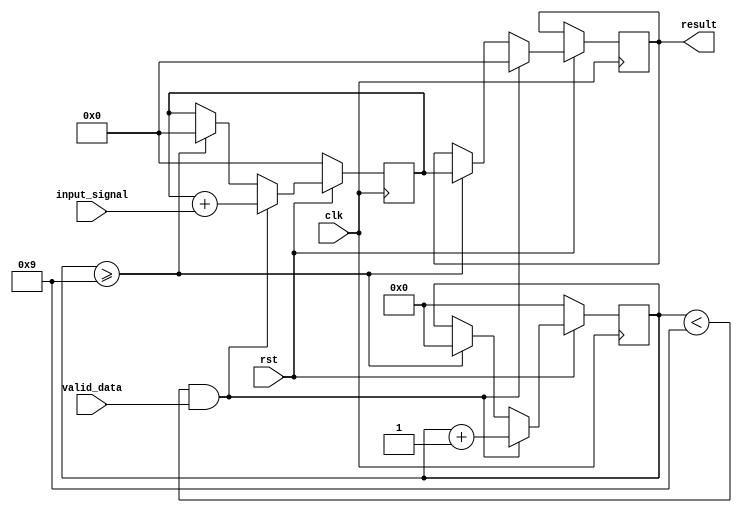
module accumulation (input clk,input valid_data,input rst, input [15:0] input_signal, output [19:0] result);


reg [19:0] main_summ,main_summ_buf = 20'd0;
reg [9:0] main_counter = 10'd0;




	always @(posedge clk) begin

		if (!rst) begin
		main_counter<=0;
		main_summ<=0;
		end
		else begin
		
			if((main_counter < 9)&&(valid_data==1)) begin
			
			main_counter<=main_counter+1;
			main_summ<=main_summ+input_signal;
			main_summ_buf<=0;
			end
			else begin
			if((main_counter >= 9)) begin
			main_summ_buf<=main_summ;
			main_counter<=0;
			main_summ<=0;
			end
			
			end
		

		
		
		end




	end

    
assign   result = main_summ_buf ;








endmodule